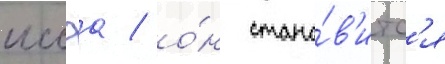
иссэа / о́н стано́в'итс'я